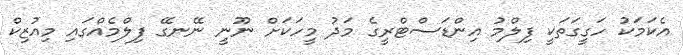
އެކަމަކު ހަގީގަތަކީ ފިލްމު އިންޑަސްޓްރީގެ މަދު މީހަކަށް ނޫނީ ނޭނގޭ ފިލްމެއްގައި މިއުޒިކް